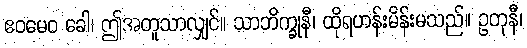
ဧဝမေဝ ခေါ၊ ဤအတူသာလျှင်။ သာဘိက္ခုနီ၊ ထိုရဟန်းမိန်းမသည်။ ဥတုနီ၊